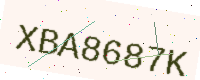
Text: XBA8687K